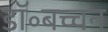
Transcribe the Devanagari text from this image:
डॉ॰बच्चन